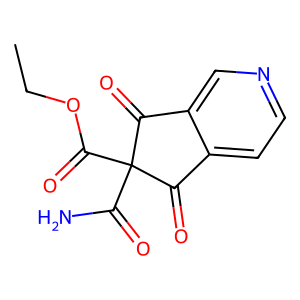
SMILES: CCOC(=O)C1(C(N)=O)C(=O)c2ccncc2C1=O
Inhibits HIV replication: No